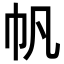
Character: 帆